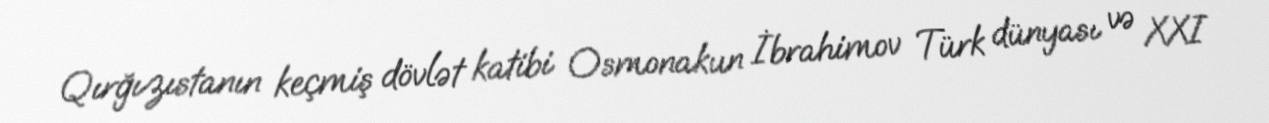
Qırğızıstanın keçmiş dövlət katibi Osmonakun İbrahimov Türk dünyası və XXI